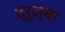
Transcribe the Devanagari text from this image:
द्रुज़्बा